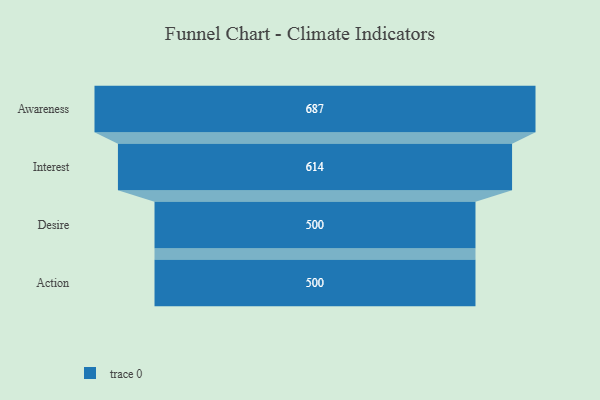
{"axis": {"x": "Stage", "y": "Value"}, "legend": [""], "data": [{"x": "Awareness", "y": 687.0, "type": ""}, {"x": "Interest", "y": 614.0, "type": ""}, {"x": "Desire", "y": 500, "type": ""}, {"x": "Action", "y": 500, "type": ""}]}